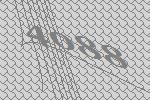
4088